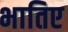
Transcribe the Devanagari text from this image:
भातिए